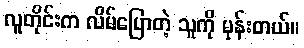
လူတိုင်းက လိမ်ပြောတဲ့ သူကို မုန်းတယ်။